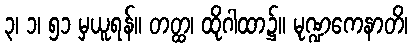
၃၊ ၁၊ ၅၁ မှယူရန်။ တတ္ထ၊ ထိုဂါထာ၌။ မုဏ္ဍကေနာတိ၊